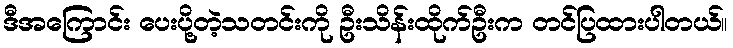
ဒီအကြောင်း ပေးပို့တဲ့သတင်းကို ဦးသိန်းထိုက်ဦးက တင်ပြထားပါတယ်။